Civil Veterinary Dept. Assam report 1927-50 - 1927-1950
Year: 1927
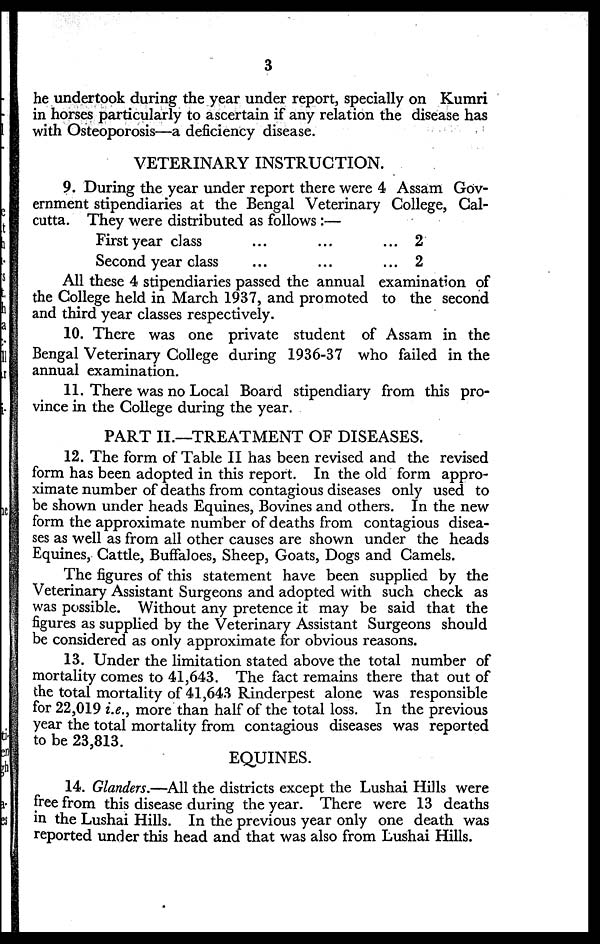
3
he undertook during the year under report, specially on Kumri
in horses particularly to ascertain if any relation the disease has
with Osteoporosis—a deficiency disease.
VETERINARY INSTRUCTION.
9. During the year under report there were 4 Assam Gov-
ernment stipendiaries at the Bengal Veterinary College, Cal-
cutta. They were distributed as follows :—
First year class
Second year class
...
...
...
...
...
...
2
2
All these 4 stipendiaries passed the annual examination of
the College held in March 1937, and promoted to the second
and third year classes respectively.
10. There was one private student of Assam in the
Bengal Veterinary College during 1936-37 who failed in the
annual examination.
11. There was no Local Board stipendiary from this pro-
vince in the College during the year.
PART II.—TREATMENT OF DISEASES.
12. The form of Table II has been revised and the revised
form has been adopted in this report. In the old form appro-
ximate number of deaths from contagious diseases only used to
be shown under heads Equines, Bovines and others. In the new
form the approximate number of deaths from contagious disea-
ses as well as from all other causes are shown under the heads
Equines, Cattle, Buffaloes, Sheep, Goats, Dogs and Camels.
The figures of this statement have been supplied by the
Veterinary Assistant Surgeons and adopted with such check as
was possible. Without any pretence it may be said that the
figures as supplied by the Veterinary Assistant Surgeons should
be considered as only approximate for obvious reasons.
13. Under the limitation stated above the total number of
mortality comes to 41,643. The fact remains there that out of
the total mortality of 41,643 Rinderpest alone was responsible
for 22,019 i.e., more than half of the total loss. In the previous
year the total mortality from contagious diseases was reported
to be 23,813.
EQUINES.
14. Glanders.—All the districts except the Lushai Hills were
free from this disease during the year. There were 13 deaths
in the Lushai Hills. In the previous year only one death was
reported under this head and that was also from Lushai Hills.